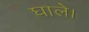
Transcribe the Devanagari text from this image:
घाले।